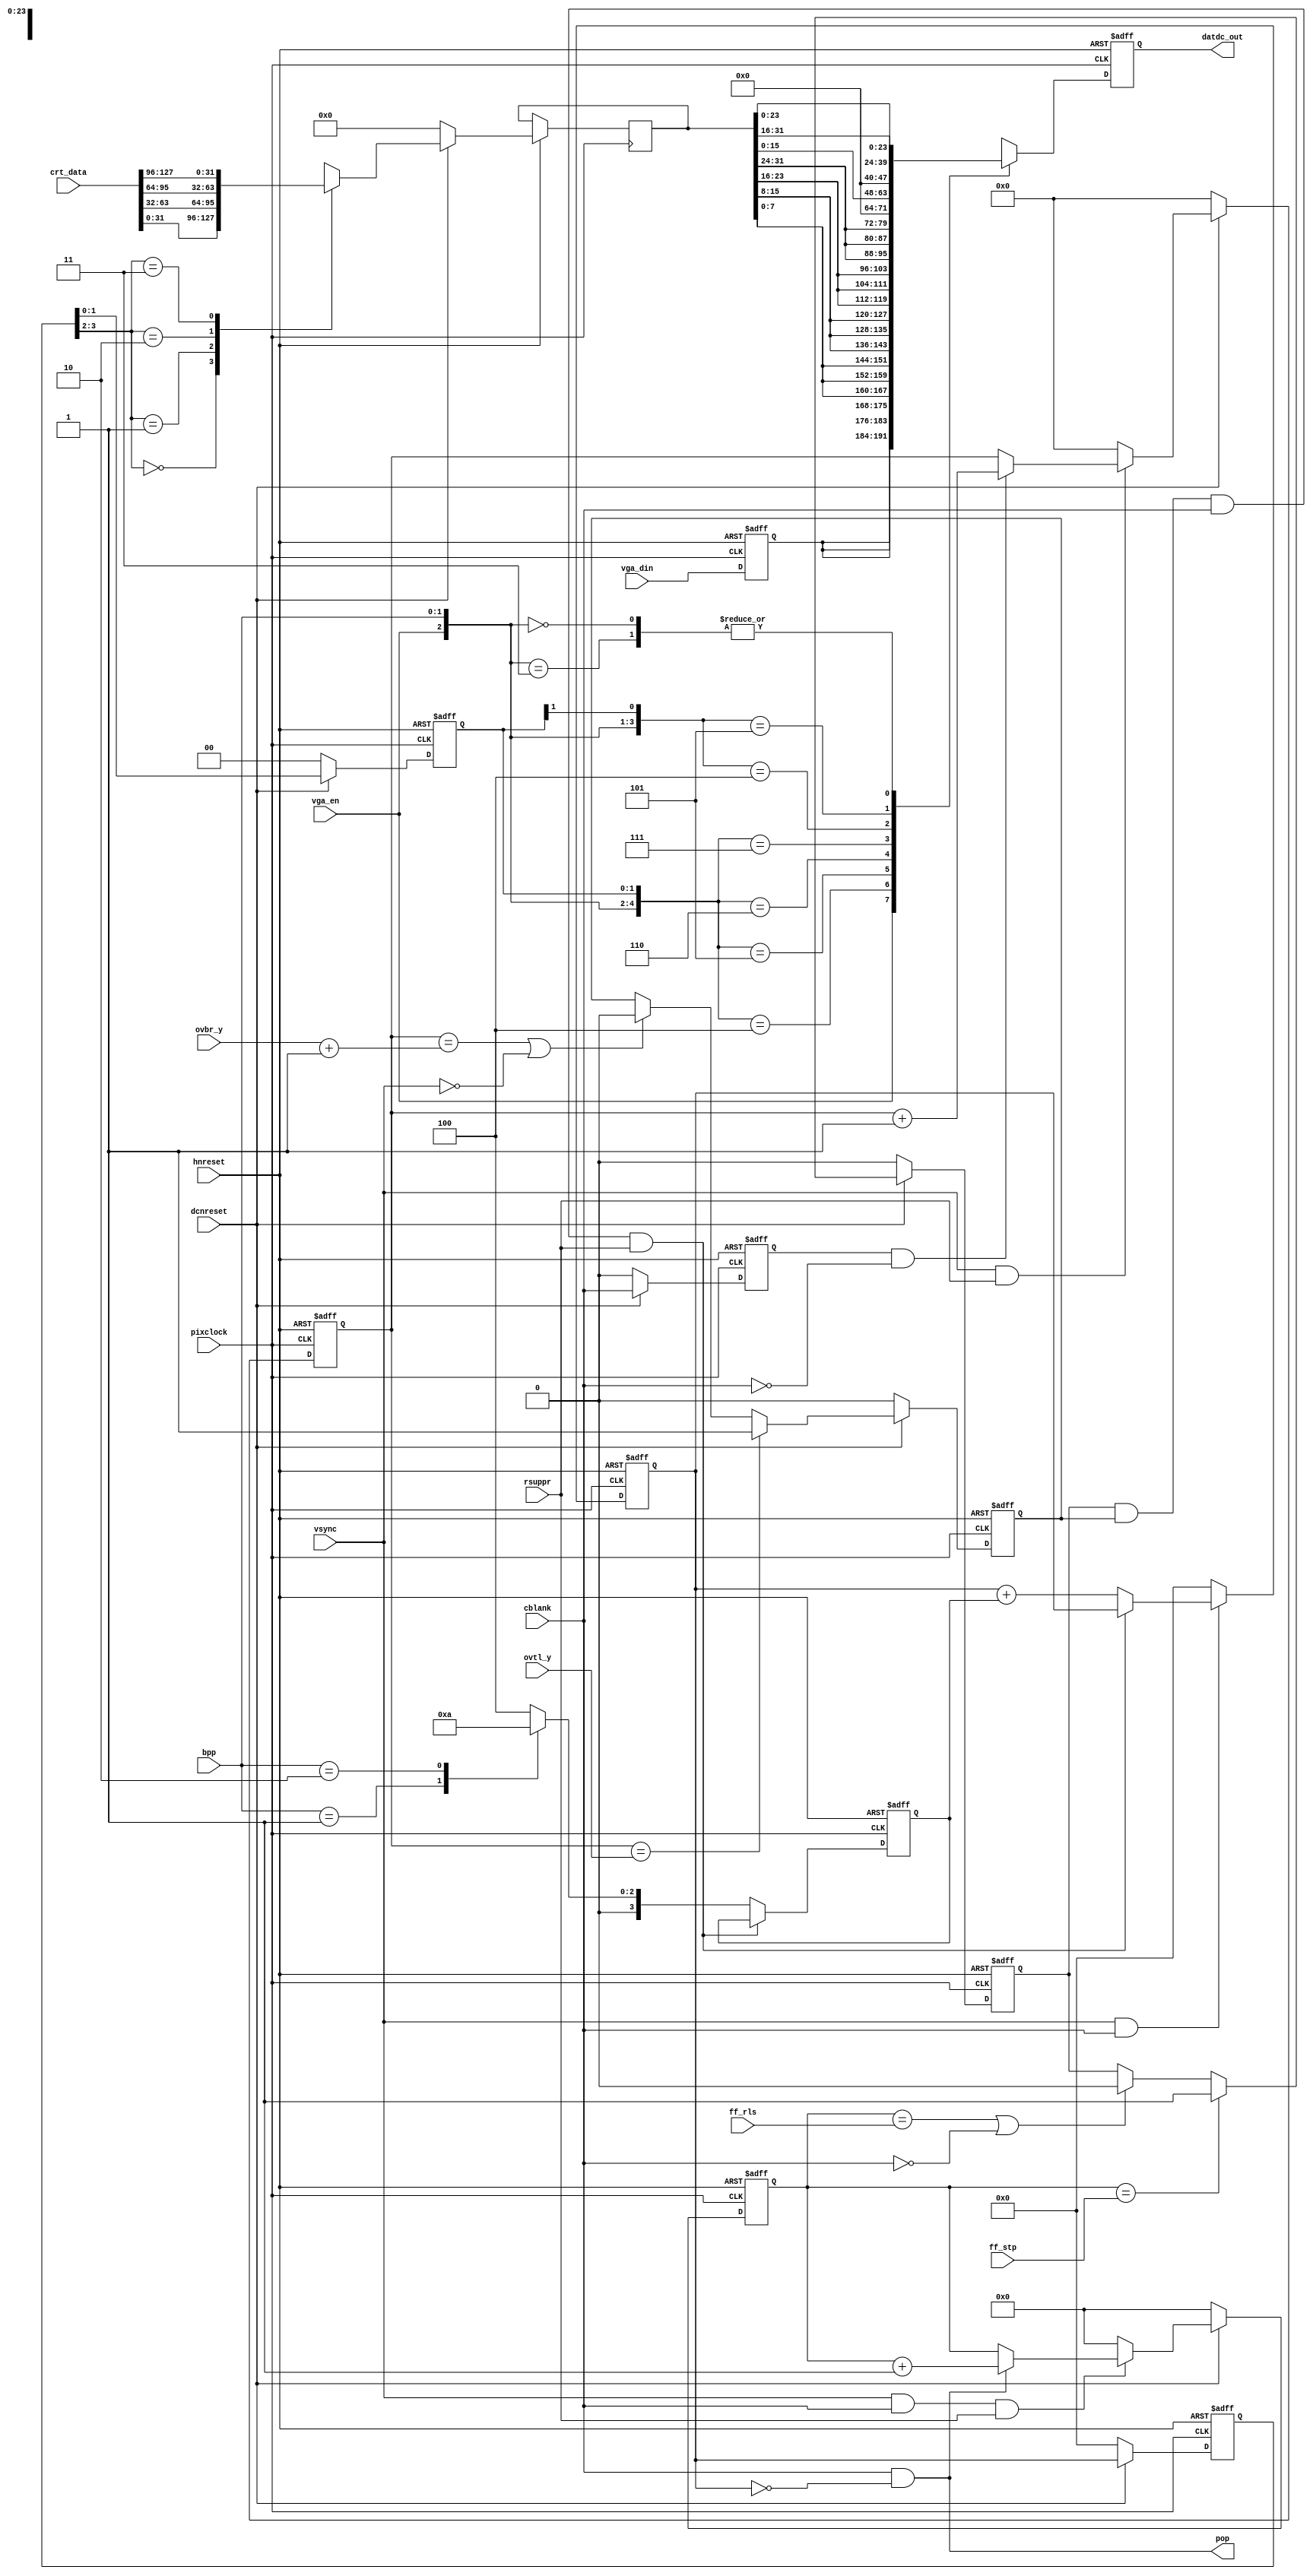
module dc_adout
    (
     input             pixclock,
     input             dcnreset,
     input             hnreset,
     input             vsync,
     input             cblank, 
     input             rsuppr,
     input [9:0]       ff_stp,
     input [9:0]       ff_rls,
     input [10:0]      ovtl_y, 
     input [10:0]      ovbr_y,
     input [1:0]       bpp,
     input [127:0]     crt_data,
     input [7:0]       vga_din,
     input             vga_en,
     
     output reg [23:0] datdc_out,
     output            pop
     );

  reg [3:0] counter;         // Cycle counter
  reg [3:0] out_sel0, out_sel; // Delayed cycle count
  reg [3:0] inc;             // Increment value
  reg 	    cblankd;         // Delayed cblank
  reg [11:0] lcount;          // Line Count
  reg [9:0]  pcount;          // Page Counter
  reg 	     hdisbl;
  reg 	     vdisbl;
  reg [31:0] crt_dat;
  reg [7:0]   vga_store;      // Need one extra VGA storage cycle
  
  wire [11:0] ff_yrls;
  wire        active;         // High when we are actively counting

  assign pop = cblank & (counter == 0);

  assign active = ~(hdisbl & vdisbl & cblank & rsuppr);
  
  // Determine the increment value - Registered so we won't multicycle
  always @(posedge pixclock or negedge hnreset )
    if(!hnreset) begin
      inc     <= 4'b0;
    end else if (active)
      casex (bpp)
	2'b01:   inc <= 4'h1; // 8 Bpp (unpacked)  
	2'b10:   inc <= 4'h2; // 16 Bpp
	default: inc <= 4'h4; // 32 Bpp
      endcase // casex({greyscale_8bpp, bpp})
  
  // Cycle Counter
  always @(posedge pixclock or negedge hnreset )
    if(!hnreset) begin
      counter     <= 4'b0;
    end else if (!(vsync && cblank)) begin
      counter     <= 4'b0;
    end else if (active) begin
      counter     <= counter + inc;
    end

  // Isolate data output so it will run even if all else is off
  always @(posedge pixclock or negedge hnreset )
    if(!hnreset) begin
      vga_store   <= 8'h0;
      datdc_out   <= 24'b0;
    end else begin
      
      // Delay the VGA data one cycle
      vga_store <= vga_din;

      // Data muxing from RAM 
      casex ({vga_en, bpp, out_sel[1:0]})
	// VGA mode
	5'b1_xx_xx: datdc_out <= {3{vga_store}};
	// 8 bits per pixel.
	5'b0_01_00: datdc_out <= {3{crt_dat[7:0]}};
	5'b0_01_01: datdc_out <= {3{crt_dat[15:8]}};
	5'b0_01_10: datdc_out <= {3{crt_dat[23:16]}};
	5'b0_01_11: datdc_out <= {3{crt_dat[31:24]}};
	// 16 bits per pixel.
	5'b0_10_0x: datdc_out <= {8'h0, crt_dat[15:0]};
	5'b0_10_1x: datdc_out <= {8'h0, crt_dat[31:16]};
	// 32 bits per pixel.
	5'b0_00_xx, 6'b0_0_11_xx: datdc_out <= crt_dat[23:0];
      endcase // casex({greyscale_8bpp, bpp, out_sel})
      
    end
  
  always @(posedge pixclock or negedge hnreset )
    if(!hnreset) begin
      cblankd     <= 1'b0;
      lcount      <= 12'b0;
      pcount      <= 10'b0;
      hdisbl      <= 1'b0;
      vdisbl      <= 1'b0;
      out_sel0    <= 2'b0;
      out_sel     <= 2'b0;
    end else if(!dcnreset) begin
      cblankd     <= 1'b0;
      lcount      <= 12'b0;
      pcount      <= 10'b0;
      hdisbl      <= 1'b0;
      vdisbl      <= 1'b0;
      out_sel0    <= 2'b0;
      out_sel     <= 2'b0;
      crt_dat     <= 32'b0;
    end else begin

      // Delay the out select for muxing
      out_sel0  <= counter;
      out_sel   <= out_sel0;

      case (out_sel0[3:2])
	2'd0: crt_dat <= crt_data[31:0];
	2'd1: crt_dat <= crt_data[63:32];
	2'd2: crt_dat <= crt_data[95:64];
	2'd3: crt_dat <= crt_data[127:96];
      endcase // case(out_sel0[3:2])
      
      // Delay cblank for edge detection
      cblankd     <= cblank;

      //count actual scan lines and pages to find where the output address
      //should be held inside video overlay window. When the window ends,
      //addresses have to point already to page where a valid data is stored.

      // Line Counter
      if (!(vsync & rsuppr))      lcount <= 12'b0;      // unecessary tog supr
      else if (cblankd & ~cblank) lcount <= lcount + 12'h1; // Count begin blank

      // Page Counter
      if(!(vsync & cblank & rsuppr)) pcount <= 10'b0;   // don't toggle unnec
      else if (pop)                  pcount <= pcount + 10'h1;

      // Disable address increments
      if (pcount == ff_stp)                   // Was Pcount_next. Fixme????
	hdisbl <= 1'b1;
      else if ((pcount == ff_rls) || !cblank) // Was Pcount_next. Fixme????
        hdisbl <= 1'b0;

      if (lcount == {1'b0,ovtl_y}) 
	vdisbl <= 1'b1;
      else if ((lcount == ff_yrls)|| !vsync)
	vdisbl <= 1'b0;
   end

  assign ff_yrls = ovbr_y +1'b1;

endmodule